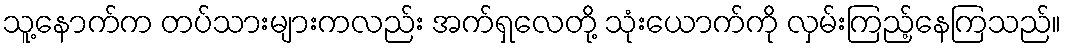
သူ့နောက်က တပ်သားများကလည်း အက်ရှလေတို့ သုံးယောက်ကို လှမ်းကြည့်နေကြသည်။